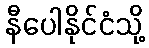
နီပေါနိုင်ငံသို့